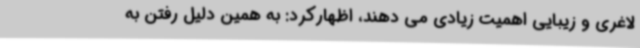
لاغری و زیبایی اهمیت زیادی می دهند، اظهارکرد: به همین دلیل رفتن به